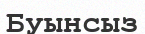
Буынсыз